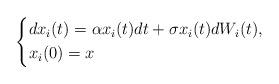
LaTeX: \begin{align*}\left\{\begin{aligned}&dx_i(t)=\alpha x_i(t)dt+\sigma x_i(t)dW_i(t),\\&x_i(0)=x\end{aligned}\right.\end{align*}